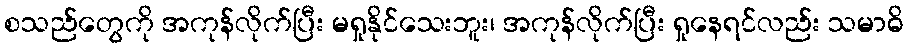
စသည်တွေကို အကုန်လိုက်ပြီး မရှုနိုင်သေးဘူး၊ အကုန်လိုက်ပြီး ရှုနေရင်လည်း သမာဓိ